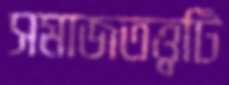
সমাজতত্ত্বটি